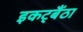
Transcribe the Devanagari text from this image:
इकट्बैंठा